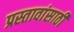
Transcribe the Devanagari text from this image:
प्रस्तावांसाठी